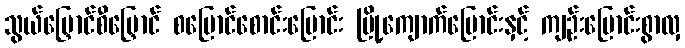
သွယ်မြှောင်စီမြှောင် စမြောင်စောင်းမြောင်း မြို့ကျောက်မြောင်းနှင့် ကျဉ်းမြောင်းစွာလှ